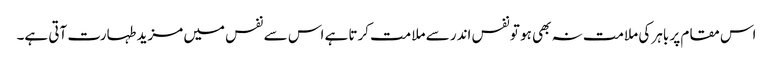
اس مقام پر باہر کی ملامت نہ بھی ہو تونفس اندر سے ملامت کرتا ہے اس سے نفس میں مزید طہارت آتی ہے۔